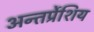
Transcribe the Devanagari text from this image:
अन्तर्प्रेशिय